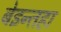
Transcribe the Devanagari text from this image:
बेइन्तहा